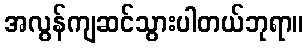
အလွန်ကျဆင်သွားပါတယ်ဘုရာ။